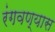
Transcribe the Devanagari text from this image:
रंगवण्यास